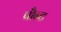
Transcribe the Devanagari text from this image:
पौन्ट